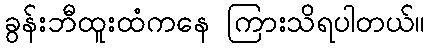
ခွန်းဘီထူးထံကနေ ကြားသိရပါတယ်။